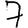
Digit: 7